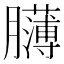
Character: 𦢸